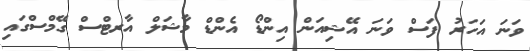
ވަނަ އަހަރު ފަސް ވަނަ އޭޝިއަން އިންޑޯ އެންޑް މާޝަލް އާރޓްސް ގޭމްސްގައި